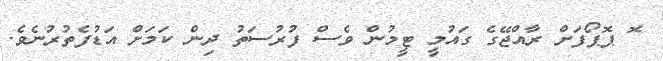
ޮ ޕޮޕޯފަށް ރާއްޖޭގެ ގައުމީ ޓީމުން ވެސް ފުރުސަތު ދިން ކަމަށް އަޑުފެތުރުނެވެ.